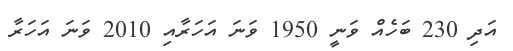
އަދި 230 ބަހެއް ވަނީ 1950 ވަނަ އަހަރާއި 2010 ވަނަ އަހަރާ